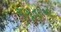
ચબૂતરાઓ